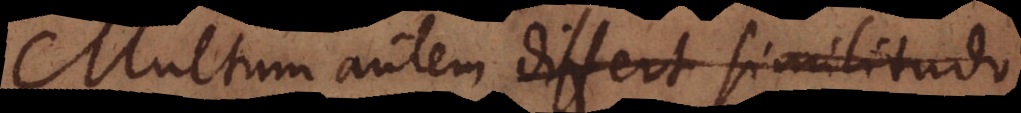
Multum autem differt similitudo